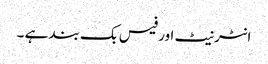
انٹرنیٹ اور فیس بک بند ہے ۔